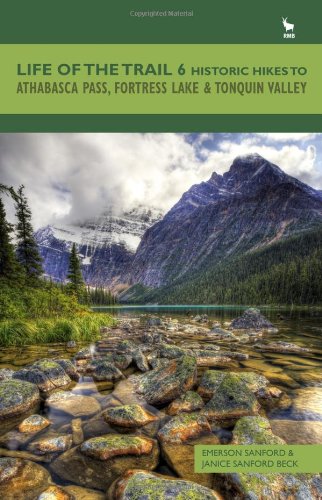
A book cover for Life of the Trail 6: Historic Hikes to Athabasca Pass, Fortress Lake & Tonquin Valley; Emerson Sanford; Travel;